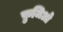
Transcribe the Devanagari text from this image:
फ़ुजिओ